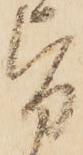
旨